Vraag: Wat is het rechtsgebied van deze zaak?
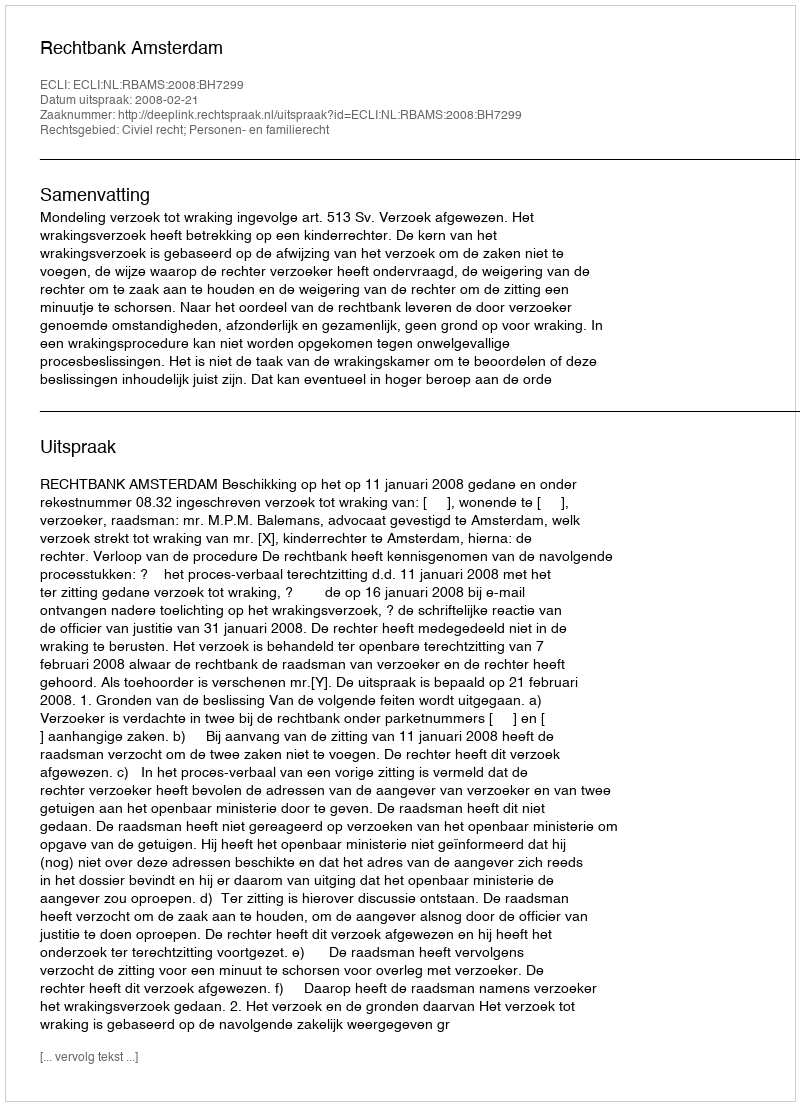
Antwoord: Civiel recht; Personen- en familierecht